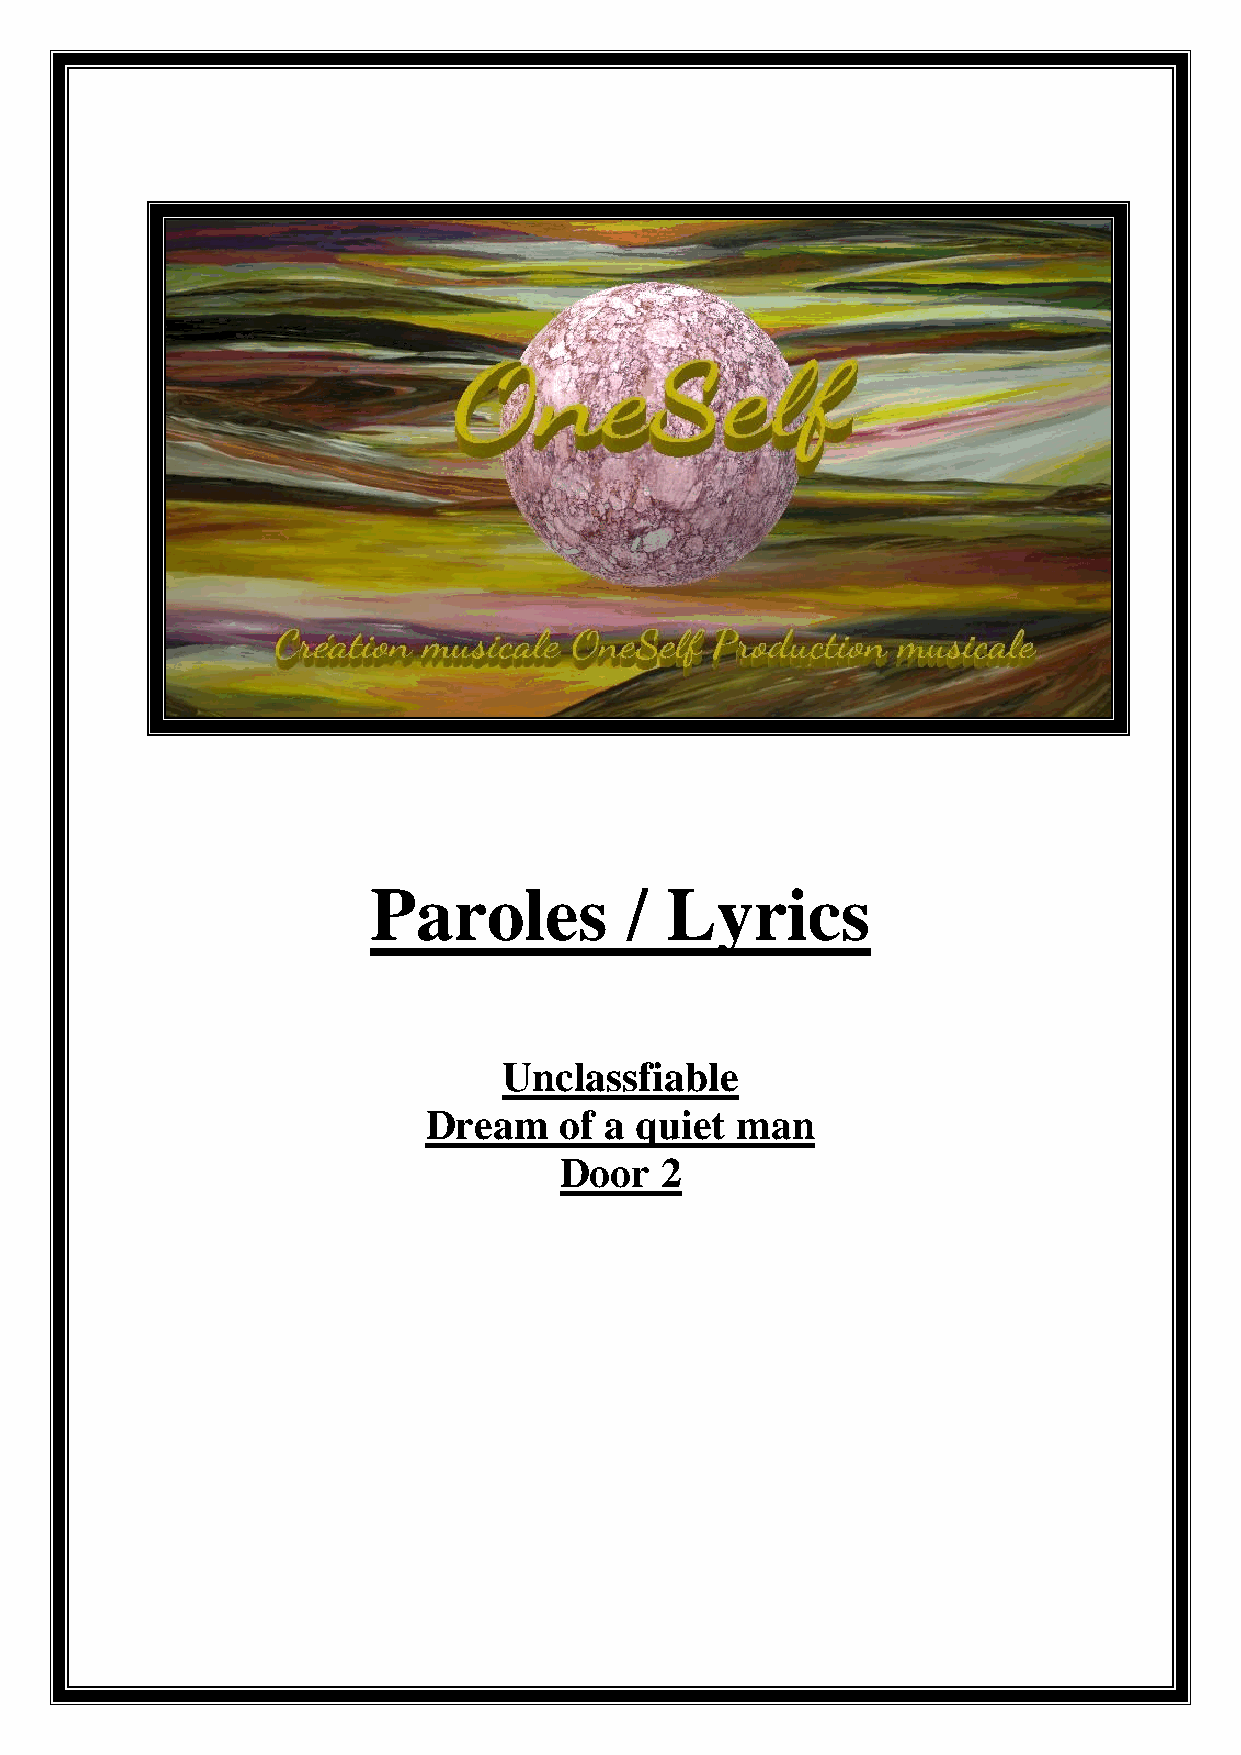
Paroles          /  Lyrics
 Unclassfiable
 Dream    of a quiet  man
 Door   2